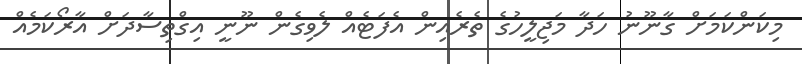
މިކަންކަމަށް ގާނޫނު ހަދާ މަޖިލީހުގެ ތެރެއިން އެފަޓެއް ލެވިގެން ނޫނީ އިގްތިސާދަށް އާރޯކަމެއް